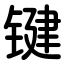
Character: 键